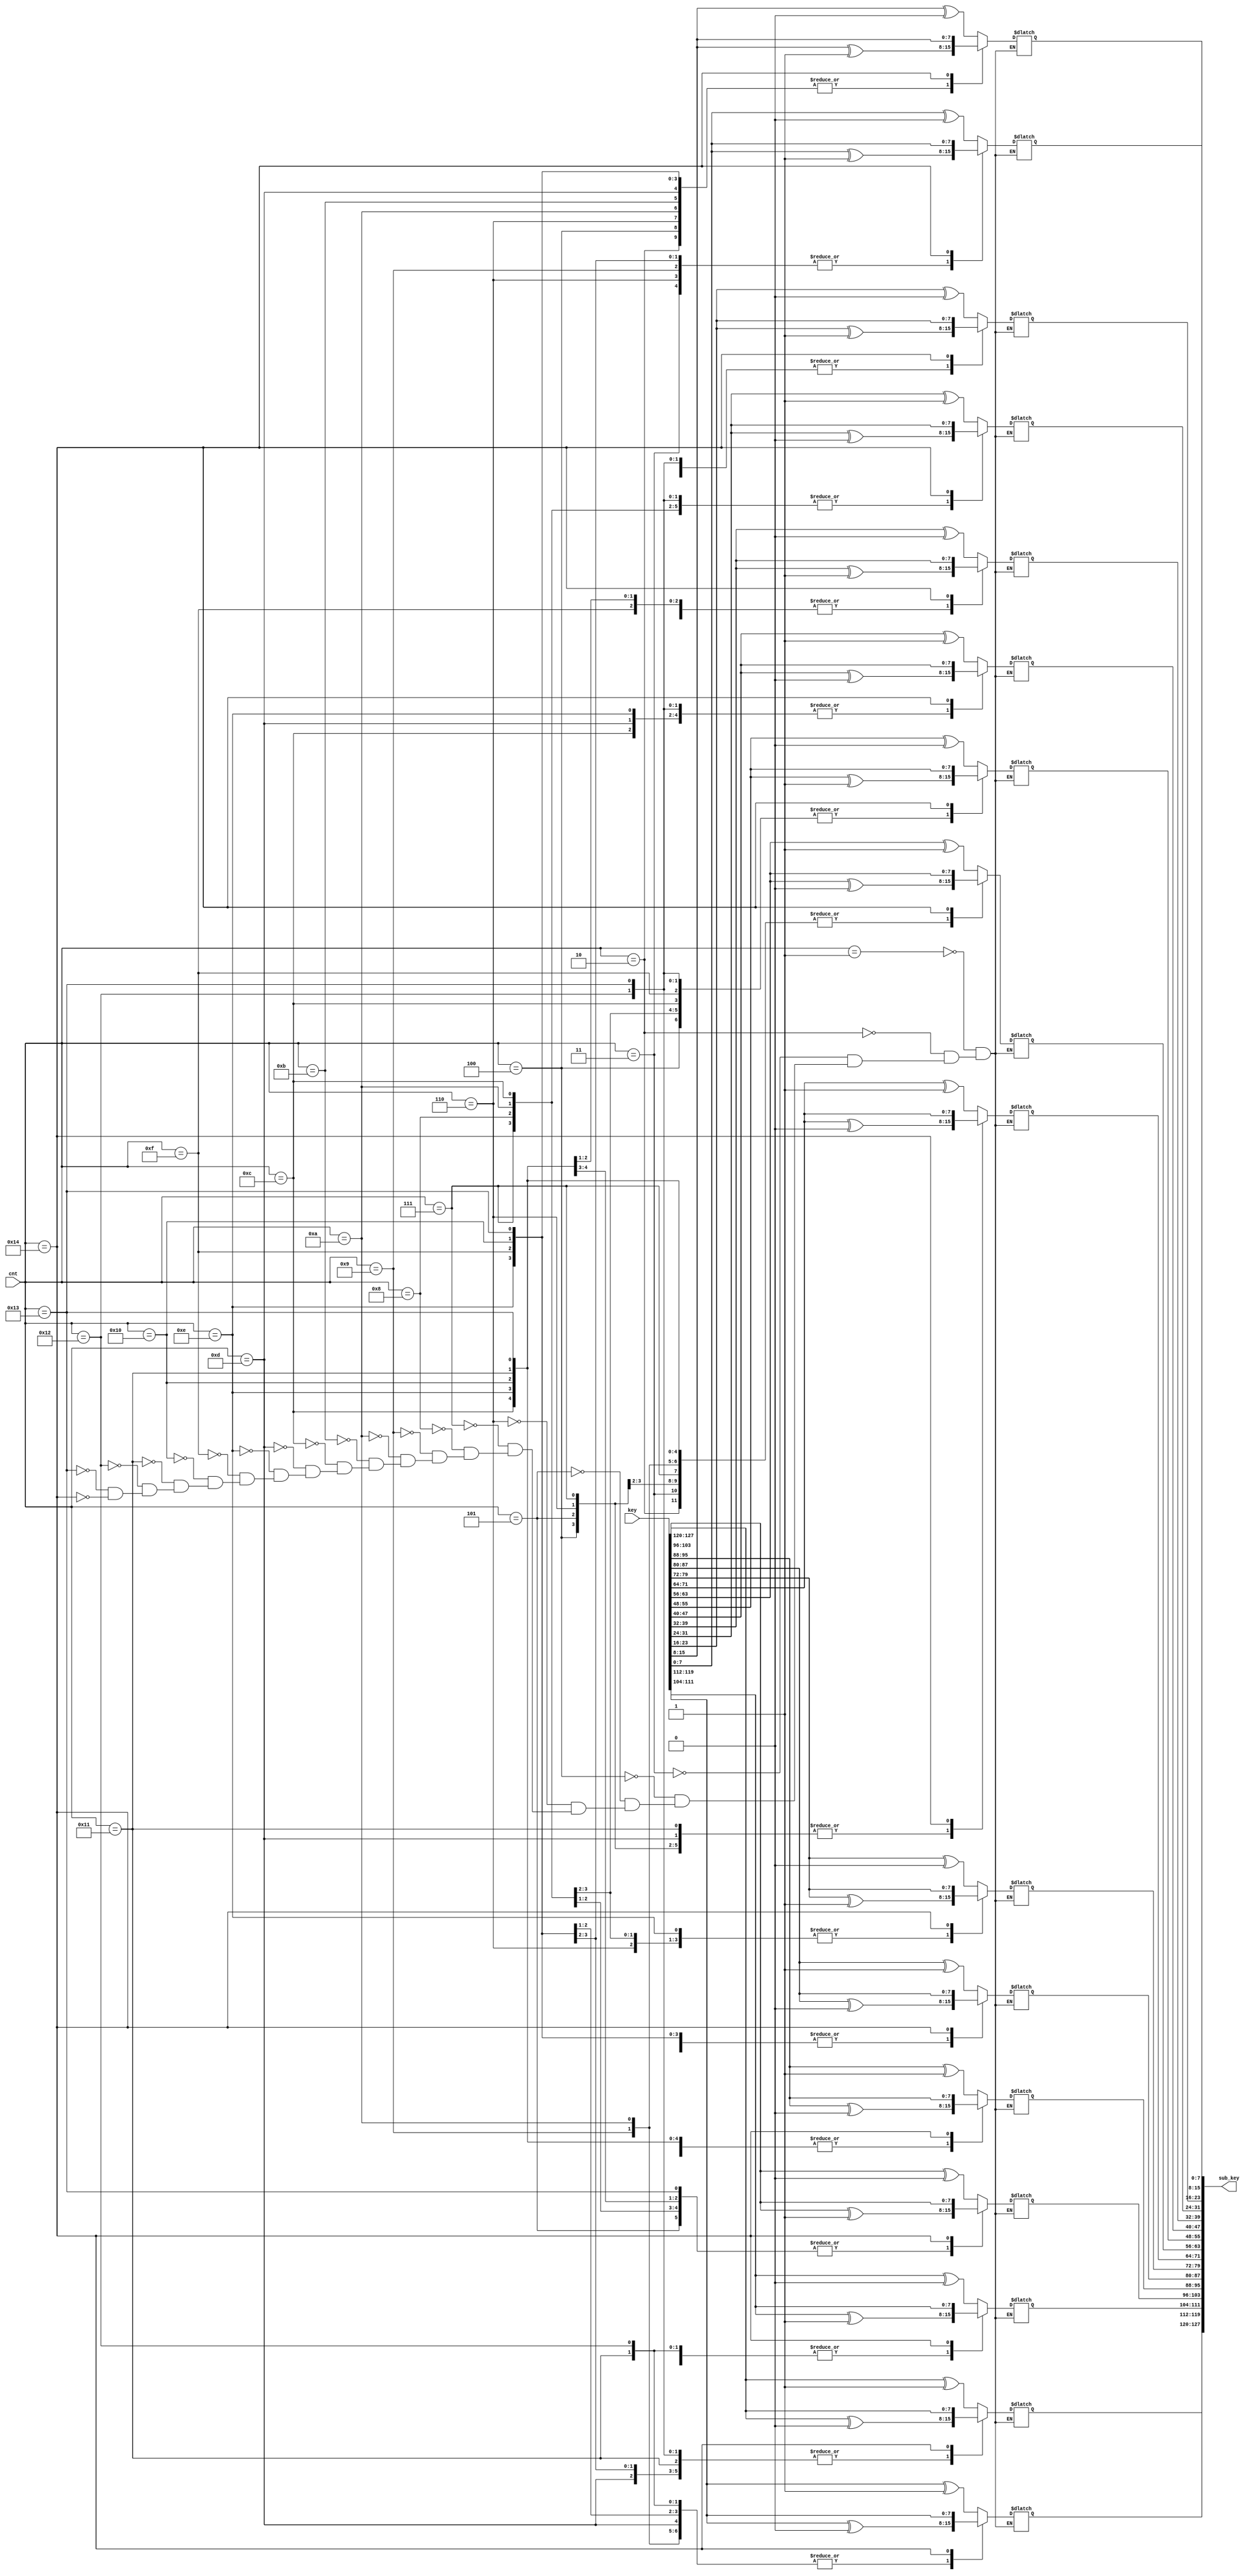
module midori_key_generation (input [8:0] cnt,
                              input [127:0] key,
                              output reg [127:0] sub_key);

always @(cnt) begin
    case (cnt)
        8'd1: begin
            // 0, 0, 0, 1,
            sub_key[7:0]   = key[7:0] ^ 8'd0;
            sub_key[15:8]  = key[15:8] ^ 8'd0;
            sub_key[23:16] = key[23:16] ^ 8'd0;
            sub_key[31:24] = key[31:24] ^ 8'd1;
            // 0, 1, 0, 1,
            sub_key[39:32] = key[39:32] ^ 8'd0;
            sub_key[47:40] = key[47:40] ^ 8'd1;
            sub_key[55:48] = key[55:48] ^ 8'd0;
            sub_key[63:56] = key[63:56] ^ 8'd1;
            // 1, 0, 1, 1,
            sub_key[71:64] = key[71:64] ^ 8'd1;
            sub_key[79:72] = key[79:72] ^ 8'd0;
            sub_key[87:80] = key[87:80] ^ 8'd1;
            sub_key[95:88] = key[95:88] ^ 8'd1;
            // 0, 0, 1, 1,
            sub_key[103:96]  = key[103:96] ^ 8'd0;
            sub_key[111:104] = key[111:104] ^ 8'd0;
            sub_key[119:112] = key[119:112] ^ 8'd1;
            sub_key[127:120] = key[127:120] ^ 8'd1;
        end
        8'd2: begin
            // 0, 1, 1, 1,
            sub_key[7:0]   = key[7:0] ^ 8'd0;
            sub_key[15:8]  = key[15:8] ^ 8'd1;
            sub_key[23:16] = key[23:16] ^ 8'd1;
            sub_key[31:24] = key[31:24] ^ 8'd1;
            //  1, 0, 0, 0,
            sub_key[39:32] = key[39:32] ^ 8'd1;
            sub_key[47:40] = key[47:40] ^ 8'd0;
            sub_key[55:48] = key[55:48] ^ 8'd0;
            sub_key[63:56] = key[63:56] ^ 8'd0;
            //  1, 1, 0, 0,
            sub_key[71:64] = key[71:64] ^ 8'd1;
            sub_key[79:72] = key[79:72] ^ 8'd1;
            sub_key[87:80] = key[87:80] ^ 8'd0;
            sub_key[95:88] = key[95:88] ^ 8'd0;
            // 0, 0, 0, 0,
            sub_key[103:96]  = key[103:96] ^ 8'd0;
            sub_key[111:104] = key[111:104] ^ 8'd0;
            sub_key[119:112] = key[119:112] ^ 8'd0;
            sub_key[127:120] = key[127:120] ^ 8'd0;
        end
        8'd3: begin
            // 1, 0, 1, 0,
            sub_key[7:0]   = key[7:0] ^ 8'd1;
            sub_key[15:8]  = key[15:8] ^ 8'd0;
            sub_key[23:16] = key[23:16] ^ 8'd1;
            sub_key[31:24] = key[31:24] ^ 8'd0;
            // 0, 1, 0, 0,
            sub_key[39:32] = key[39:32] ^ 8'd0;
            sub_key[47:40] = key[47:40] ^ 8'd1;
            sub_key[55:48] = key[55:48] ^ 8'd0;
            sub_key[63:56] = key[63:56] ^ 8'd0;
            // 0, 0, 1, 1,
            sub_key[71:64] = key[71:64] ^ 8'd0;
            sub_key[79:72] = key[79:72] ^ 8'd0;
            sub_key[87:80] = key[87:80] ^ 8'd1;
            sub_key[95:88] = key[95:88] ^ 8'd1;
            // 0, 1, 0, 1,
            sub_key[103:96]  = key[103:96] ^ 8'd0;
            sub_key[111:104] = key[111:104] ^ 8'd1;
            sub_key[119:112] = key[119:112] ^ 8'd0;
            sub_key[127:120] = key[127:120] ^ 8'd1;
        end
        8'd4: begin
            // 0, 1, 1, 0,
            sub_key[7:0]   = key[7:0] ^ 8'd0;
            sub_key[15:8]  = key[15:8] ^ 8'd1;
            sub_key[23:16] = key[23:16] ^ 8'd1;
            sub_key[31:24] = key[31:24] ^ 8'd0;
            //  0, 0, 1, 0,
            sub_key[39:32] = key[39:32] ^ 8'd0;
            sub_key[47:40] = key[47:40] ^ 8'd0;
            sub_key[55:48] = key[55:48] ^ 8'd1;
            sub_key[63:56] = key[63:56] ^ 8'd0;
            // 0, 0, 0, 1,
            sub_key[71:64] = key[71:64] ^ 8'd0;
            sub_key[79:72] = key[79:72] ^ 8'd0;
            sub_key[87:80] = key[87:80] ^ 8'd0;
            sub_key[95:88] = key[95:88] ^ 8'd1;
            // 0, 0, 1, 1,
            sub_key[103:96]  = key[103:96] ^ 8'd0;
            sub_key[111:104] = key[111:104] ^ 8'd0;
            sub_key[119:112] = key[119:112] ^ 8'd1;
            sub_key[127:120] = key[127:120] ^ 8'd1;
        end
        8'd5: begin
            // 0, 0, 0, 1,
            sub_key[7:0]   = key[7:0] ^ 8'd0;
            sub_key[15:8]  = key[15:8] ^ 8'd0;
            sub_key[23:16] = key[23:16] ^ 8'd0;
            sub_key[31:24] = key[31:24] ^ 8'd1;
            //  0, 0, 0, 0,
            sub_key[39:32] = key[39:32] ^ 8'd0;
            sub_key[47:40] = key[47:40] ^ 8'd0;
            sub_key[55:48] = key[55:48] ^ 8'd0;
            sub_key[63:56] = key[63:56] ^ 8'd0;
            // 0, 1, 0, 0,
            sub_key[71:64] = key[71:64] ^ 8'd0;
            sub_key[79:72] = key[79:72] ^ 8'd1;
            sub_key[87:80] = key[87:80] ^ 8'd0;
            sub_key[95:88] = key[95:88] ^ 8'd0;
            // 1, 1, 1, 1,
            sub_key[103:96]  = key[103:96] ^ 8'd1;
            sub_key[111:104] = key[111:104] ^ 8'd1;
            sub_key[119:112] = key[119:112] ^ 8'd1;
            sub_key[127:120] = key[127:120] ^ 8'd1;
        end
        8'd6: begin
            // 1, 1, 0, 1,
            sub_key[7:0]   = key[7:0] ^ 8'd1;
            sub_key[15:8]  = key[15:8] ^ 8'd1;
            sub_key[23:16] = key[23:16] ^ 8'd0;
            sub_key[31:24] = key[31:24] ^ 8'd1;
            //  0, 0, 0, 1,
            sub_key[39:32] = key[39:32] ^ 8'd0;
            sub_key[47:40] = key[47:40] ^ 8'd0;
            sub_key[55:48] = key[55:48] ^ 8'd0;
            sub_key[63:56] = key[63:56] ^ 8'd1;
            // 0, 1, 1, 1,
            sub_key[71:64] = key[71:64] ^ 8'd0;
            sub_key[79:72] = key[79:72] ^ 8'd1;
            sub_key[87:80] = key[87:80] ^ 8'd1;
            sub_key[95:88] = key[95:88] ^ 8'd1;
            // 0, 0, 0, 0,
            sub_key[103:96]  = key[103:96] ^ 8'd0;
            sub_key[111:104] = key[111:104] ^ 8'd0;
            sub_key[119:112] = key[119:112] ^ 8'd0;
            sub_key[127:120] = key[127:120] ^ 8'd0;
        end
        8'd7: begin
            // 0, 0, 0, 0,
            sub_key[7:0]   = key[7:0] ^ 8'd0;
            sub_key[15:8]  = key[15:8] ^ 8'd0;
            sub_key[23:16] = key[23:16] ^ 8'd0;
            sub_key[31:24] = key[31:24] ^ 8'd0;
            //   0, 0, 1, 0,
            sub_key[39:32] = key[39:32] ^ 8'd0;
            sub_key[47:40] = key[47:40] ^ 8'd0;
            sub_key[55:48] = key[55:48] ^ 8'd1;
            sub_key[63:56] = key[63:56] ^ 8'd0;
            // 0, 1, 1, 0,
            sub_key[71:64] = key[71:64] ^ 8'd0;
            sub_key[79:72] = key[79:72] ^ 8'd1;
            sub_key[87:80] = key[87:80] ^ 8'd1;
            sub_key[95:88] = key[95:88] ^ 8'd0;
            // 0, 1, 1, 0,
            sub_key[103:96]  = key[103:96] ^ 8'd0;
            sub_key[111:104] = key[111:104] ^ 8'd1;
            sub_key[119:112] = key[119:112] ^ 8'd1;
            sub_key[127:120] = key[127:120] ^ 8'd0;
        end
        8'd8: begin
            // 0, 0, 0, 0,
            sub_key[7:0]   = key[7:0] ^ 8'd0;
            sub_key[15:8]  = key[15:8] ^ 8'd0;
            sub_key[23:16] = key[23:16] ^ 8'd0;
            sub_key[31:24] = key[31:24] ^ 8'd0;
            //   1, 0, 1, 1,
            sub_key[39:32] = key[39:32] ^ 8'd1;
            sub_key[47:40] = key[47:40] ^ 8'd0;
            sub_key[55:48] = key[55:48] ^ 8'd1;
            sub_key[63:56] = key[63:56] ^ 8'd1;
            // 1, 1, 0, 0,
            sub_key[71:64] = key[71:64] ^ 8'd1;
            sub_key[79:72] = key[79:72] ^ 8'd1;
            sub_key[87:80] = key[87:80] ^ 8'd0;
            sub_key[95:88] = key[95:88] ^ 8'd0;
            //  1, 1, 0, 0,
            sub_key[103:96]  = key[103:96] ^ 8'd1;
            sub_key[111:104] = key[111:104] ^ 8'd1;
            sub_key[119:112] = key[119:112] ^ 8'd0;
            sub_key[127:120] = key[127:120] ^ 8'd0;
        end
        8'd9: begin
            // 1, 0, 0, 1,
            sub_key[7:0]   = key[7:0] ^ 8'd1;
            sub_key[15:8]  = key[15:8] ^ 8'd0;
            sub_key[23:16] = key[23:16] ^ 8'd0;
            sub_key[31:24] = key[31:24] ^ 8'd1;
            //   0, 1, 0, 0,
            sub_key[39:32] = key[39:32] ^ 8'd0;
            sub_key[47:40] = key[47:40] ^ 8'd1;
            sub_key[55:48] = key[55:48] ^ 8'd0;
            sub_key[63:56] = key[63:56] ^ 8'd0;
            // 1, 0, 0, 0,
            sub_key[71:64] = key[71:64] ^ 8'd1;
            sub_key[79:72] = key[79:72] ^ 8'd0;
            sub_key[87:80] = key[87:80] ^ 8'd0;
            sub_key[95:88] = key[95:88] ^ 8'd0;
            //   0, 0, 0, 1,
            sub_key[103:96]  = key[103:96] ^ 8'd0;
            sub_key[111:104] = key[111:104] ^ 8'd0;
            sub_key[119:112] = key[119:112] ^ 8'd0;
            sub_key[127:120] = key[127:120] ^ 8'd1;
        end
        8'd10: begin
            // 0, 1, 0, 0,
            sub_key[7:0]   = key[7:0] ^ 8'd0;
            sub_key[15:8]  = key[15:8] ^ 8'd1;
            sub_key[23:16] = key[23:16] ^ 8'd0;
            sub_key[31:24] = key[31:24] ^ 8'd0;
            //   0, 0, 0, 0,
            sub_key[39:32] = key[39:32] ^ 8'd0;
            sub_key[47:40] = key[47:40] ^ 8'd0;
            sub_key[55:48] = key[55:48] ^ 8'd0;
            sub_key[63:56] = key[63:56] ^ 8'd0;
            // 1, 0, 1, 1,
            sub_key[71:64] = key[71:64] ^ 8'd1;
            sub_key[79:72] = key[79:72] ^ 8'd0;
            sub_key[87:80] = key[87:80] ^ 8'd1;
            sub_key[95:88] = key[95:88] ^ 8'd1;
            //   1, 0, 0, 0,
            sub_key[103:96]  = key[103:96] ^ 8'd1;
            sub_key[111:104] = key[111:104] ^ 8'd0;
            sub_key[119:112] = key[119:112] ^ 8'd0;
            sub_key[127:120] = key[127:120] ^ 8'd0;
        end
        8'd11: begin
            // 0, 1, 1, 1,
            sub_key[7:0]   = key[7:0] ^ 8'd0;
            sub_key[15:8]  = key[15:8] ^ 8'd1;
            sub_key[23:16] = key[23:16] ^ 8'd1;
            sub_key[31:24] = key[31:24] ^ 8'd1;
            //   0, 0, 0, 1,
            sub_key[39:32] = key[39:32] ^ 8'd0;
            sub_key[47:40] = key[47:40] ^ 8'd0;
            sub_key[55:48] = key[55:48] ^ 8'd0;
            sub_key[63:56] = key[63:56] ^ 8'd1;
            // 1, 0, 0, 1,
            sub_key[71:64] = key[71:64] ^ 8'd1;
            sub_key[79:72] = key[79:72] ^ 8'd0;
            sub_key[87:80] = key[87:80] ^ 8'd0;
            sub_key[95:88] = key[95:88] ^ 8'd1;
            //  0, 1, 1, 1,
            sub_key[103:96]  = key[103:96] ^ 8'd0;
            sub_key[111:104] = key[111:104] ^ 8'd1;
            sub_key[119:112] = key[119:112] ^ 8'd1;
            sub_key[127:120] = key[127:120] ^ 8'd1;
        end
        8'd12: begin
            // 0, 0, 1, 0,
            sub_key[7:0]   = key[7:0] ^ 8'd0;
            sub_key[15:8]  = key[15:8] ^ 8'd0;
            sub_key[23:16] = key[23:16] ^ 8'd1;
            sub_key[31:24] = key[31:24] ^ 8'd0;
            //   0, 0, 1, 0,
            sub_key[39:32] = key[39:32] ^ 8'd0;
            sub_key[47:40] = key[47:40] ^ 8'd0;
            sub_key[55:48] = key[55:48] ^ 8'd1;
            sub_key[63:56] = key[63:56] ^ 8'd0;
            // 1, 0, 0, 0,
            sub_key[71:64] = key[71:64] ^ 8'd1;
            sub_key[79:72] = key[79:72] ^ 8'd0;
            sub_key[87:80] = key[87:80] ^ 8'd0;
            sub_key[95:88] = key[95:88] ^ 8'd0;
            //  1, 1, 1, 0,
            sub_key[103:96]  = key[103:96] ^ 8'd1;
            sub_key[111:104] = key[111:104] ^ 8'd1;
            sub_key[119:112] = key[119:112] ^ 8'd1;
            sub_key[127:120] = key[127:120] ^ 8'd0;
        end
        8'd13: begin
            // 0, 1, 0, 1,
            sub_key[7:0]   = key[7:0] ^ 8'd0;
            sub_key[15:8]  = key[15:8] ^ 8'd1;
            sub_key[23:16] = key[23:16] ^ 8'd0;
            sub_key[31:24] = key[31:24] ^ 8'd1;
            //   0, 0, 0, 1,
            sub_key[39:32] = key[39:32] ^ 8'd0;
            sub_key[47:40] = key[47:40] ^ 8'd0;
            sub_key[55:48] = key[55:48] ^ 8'd0;
            sub_key[63:56] = key[63:56] ^ 8'd1;
            // 0, 0, 1, 1,
            sub_key[71:64] = key[71:64] ^ 8'd0;
            sub_key[79:72] = key[79:72] ^ 8'd0;
            sub_key[87:80] = key[87:80] ^ 8'd1;
            sub_key[95:88] = key[95:88] ^ 8'd1;
            //  0, 0, 0, 0,
            sub_key[103:96]  = key[103:96] ^ 8'd0;
            sub_key[111:104] = key[111:104] ^ 8'd0;
            sub_key[119:112] = key[119:112] ^ 8'd0;
            sub_key[127:120] = key[127:120] ^ 8'd0;
        end
        8'd14: begin
            // 1, 1, 1, 1,
            sub_key[7:0]   = key[7:0] ^ 8'd1;
            sub_key[15:8]  = key[15:8] ^ 8'd1;
            sub_key[23:16] = key[23:16] ^ 8'd1;
            sub_key[31:24] = key[31:24] ^ 8'd1;
            // 1, 0, 0, 0,
            sub_key[39:32] = key[39:32] ^ 8'd1;
            sub_key[47:40] = key[47:40] ^ 8'd0;
            sub_key[55:48] = key[55:48] ^ 8'd0;
            sub_key[63:56] = key[63:56] ^ 8'd0;
            // 1, 1, 0, 0,
            sub_key[71:64] = key[71:64] ^ 8'd1;
            sub_key[79:72] = key[79:72] ^ 8'd1;
            sub_key[87:80] = key[87:80] ^ 8'd0;
            sub_key[95:88] = key[95:88] ^ 8'd0;
            //  1, 0, 1, 0,
            sub_key[103:96]  = key[103:96] ^ 8'd1;
            sub_key[111:104] = key[111:104] ^ 8'd0;
            sub_key[119:112] = key[119:112] ^ 8'd1;
            sub_key[127:120] = key[127:120] ^ 8'd0;
        end
        8'd15: begin
            // 1, 1, 0, 1,
            sub_key[7:0]   = key[7:0] ^ 8'd1;
            sub_key[15:8]  = key[15:8] ^ 8'd1;
            sub_key[23:16] = key[23:16] ^ 8'd0;
            sub_key[31:24] = key[31:24] ^ 8'd1;
            //  1, 1, 1, 1,
            sub_key[39:32] = key[39:32] ^ 8'd1;
            sub_key[47:40] = key[47:40] ^ 8'd1;
            sub_key[55:48] = key[55:48] ^ 8'd1;
            sub_key[63:56] = key[63:56] ^ 8'd1;
            //  1, 0, 0, 1,
            sub_key[71:64] = key[71:64] ^ 8'd1;
            sub_key[79:72] = key[79:72] ^ 8'd0;
            sub_key[87:80] = key[87:80] ^ 8'd0;
            sub_key[95:88] = key[95:88] ^ 8'd1;
            //  0, 0, 0, 0,
            sub_key[103:96]  = key[103:96] ^ 8'd0;
            sub_key[111:104] = key[111:104] ^ 8'd0;
            sub_key[119:112] = key[119:112] ^ 8'd0;
            sub_key[127:120] = key[127:120] ^ 8'd0;
        end
        8'd16: begin
            // 0, 1, 1, 1,
            sub_key[7:0]   = key[7:0] ^ 8'd0;
            sub_key[15:8]  = key[15:8] ^ 8'd1;
            sub_key[23:16] = key[23:16] ^ 8'd1;
            sub_key[31:24] = key[31:24] ^ 8'd1;
            //   1, 1, 0, 0,
            sub_key[39:32] = key[39:32] ^ 8'd1;
            sub_key[47:40] = key[47:40] ^ 8'd1;
            sub_key[55:48] = key[55:48] ^ 8'd0;
            sub_key[63:56] = key[63:56] ^ 8'd0;
            //   1, 0, 0, 0,
            sub_key[71:64] = key[71:64] ^ 8'd1;
            sub_key[79:72] = key[79:72] ^ 8'd0;
            sub_key[87:80] = key[87:80] ^ 8'd0;
            sub_key[95:88] = key[95:88] ^ 8'd0;
            // 0, 0, 0, 1,
            sub_key[103:96]  = key[103:96] ^ 8'd0;
            sub_key[111:104] = key[111:104] ^ 8'd0;
            sub_key[119:112] = key[119:112] ^ 8'd0;
            sub_key[127:120] = key[127:120] ^ 8'd1;
        end
        8'd17: begin
            // 0, 0, 0, 1,
            sub_key[7:0]   = key[7:0] ^ 8'd0;
            sub_key[15:8]  = key[15:8] ^ 8'd0;
            sub_key[23:16] = key[23:16] ^ 8'd0;
            sub_key[31:24] = key[31:24] ^ 8'd1;
            //    1, 1, 0, 0,
            sub_key[39:32] = key[39:32] ^ 8'd1;
            sub_key[47:40] = key[47:40] ^ 8'd1;
            sub_key[55:48] = key[55:48] ^ 8'd0;
            sub_key[63:56] = key[63:56] ^ 8'd0;
            //   0, 0, 1, 0,
            sub_key[71:64] = key[71:64] ^ 8'd0;
            sub_key[79:72] = key[79:72] ^ 8'd0;
            sub_key[87:80] = key[87:80] ^ 8'd1;
            sub_key[95:88] = key[95:88] ^ 8'd0;
            // 0, 1, 0, 0,
            sub_key[103:96]  = key[103:96] ^ 8'd0;
            sub_key[111:104] = key[111:104] ^ 8'd1;
            sub_key[119:112] = key[119:112] ^ 8'd0;
            sub_key[127:120] = key[127:120] ^ 8'd0;
        end
        8'd18: begin
            // 0, 0, 1, 0,
            sub_key[7:0]   = key[7:0] ^ 8'd0;
            sub_key[15:8]  = key[15:8] ^ 8'd0;
            sub_key[23:16] = key[23:16] ^ 8'd1;
            sub_key[31:24] = key[31:24] ^ 8'd0;
            //  0, 0, 1, 1,
            sub_key[39:32] = key[39:32] ^ 8'd0;
            sub_key[47:40] = key[47:40] ^ 8'd0;
            sub_key[55:48] = key[55:48] ^ 8'd1;
            sub_key[63:56] = key[63:56] ^ 8'd1;
            //  1, 0, 1, 1,
            sub_key[71:64] = key[71:64] ^ 8'd1;
            sub_key[79:72] = key[79:72] ^ 8'd0;
            sub_key[87:80] = key[87:80] ^ 8'd1;
            sub_key[95:88] = key[95:88] ^ 8'd1;
            //  0, 1, 0, 0,
            sub_key[103:96]  = key[103:96] ^ 8'd0;
            sub_key[111:104] = key[111:104] ^ 8'd1;
            sub_key[119:112] = key[119:112] ^ 8'd0;
            sub_key[127:120] = key[127:120] ^ 8'd0;
        end
        8'd19: begin
            // 0, 1, 1, 0,
            sub_key[7:0]   = key[7:0] ^ 8'd0;
            sub_key[15:8]  = key[15:8] ^ 8'd1;
            sub_key[23:16] = key[23:16] ^ 8'd1;
            sub_key[31:24] = key[31:24] ^ 8'd0;
            //   0, 0, 1, 0,
            sub_key[39:32] = key[39:32] ^ 8'd0;
            sub_key[47:40] = key[47:40] ^ 8'd0;
            sub_key[55:48] = key[55:48] ^ 8'd1;
            sub_key[63:56] = key[63:56] ^ 8'd0;
            //   1, 0, 0, 0,
            sub_key[71:64] = key[71:64] ^ 8'd1;
            sub_key[79:72] = key[79:72] ^ 8'd0;
            sub_key[87:80] = key[87:80] ^ 8'd0;
            sub_key[95:88] = key[95:88] ^ 8'd0;
            //  1, 0, 1, 0
            sub_key[103:96]  = key[103:96] ^ 8'd1;
            sub_key[111:104] = key[111:104] ^ 8'd0;
            sub_key[119:112] = key[119:112] ^ 8'd1;
            sub_key[127:120] = key[127:120] ^ 8'd0;
        end
        8'd20: begin
            sub_key = key;
        end
    endcase
    
end

endmodule //midori_key_generation